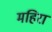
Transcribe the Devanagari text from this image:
महिरा